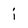
Character: i